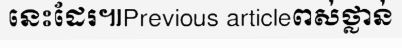
នេះដែរ៕Previous articleពស់ថ្លាន់